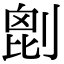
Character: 𠞇